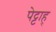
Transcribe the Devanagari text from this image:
पेट्टाह्